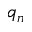
q _ { n }